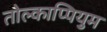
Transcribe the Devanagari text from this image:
तोल्काप्पियुम